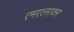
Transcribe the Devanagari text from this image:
एमएलएक्स